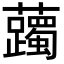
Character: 䕽